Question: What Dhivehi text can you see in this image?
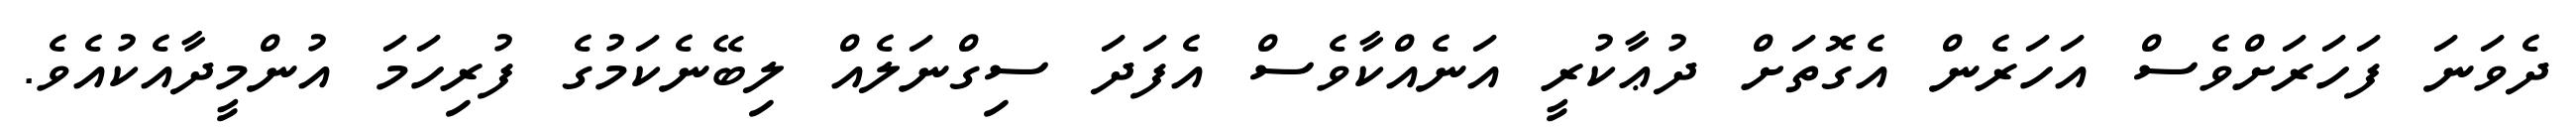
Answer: ދެވަނަ ފަހަރަށްވެސް އަހަރެން އެގޮތަށް ދުޢާކުރީ އަނެއްކާވެސް އެފަދަ ސިގްނަލެއް ލިބޭނެކަމުގެ ފުރިހަމަ އުންމީދާއެކުއެވެ.